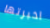
اخبرتها